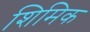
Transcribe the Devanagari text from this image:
शिमिक